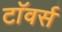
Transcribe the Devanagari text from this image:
टाॅवर्स